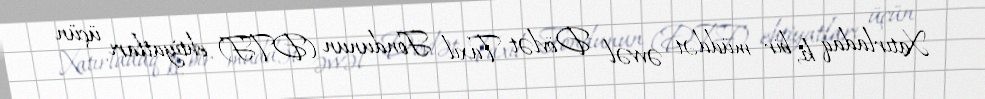
Xatırladaq ki, bir müddət əvvəl Dövlət Taxıl Fondunun (DTF) ehtiyatları üçün